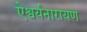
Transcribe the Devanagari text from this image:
ऐश्वर्यनारायण